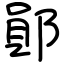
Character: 鄖